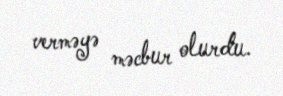
verməyə məcbur olurdu.